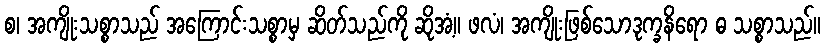
စ၊ အကျိုးသစ္စာသည် အကြောင်းသစ္စာမှ ဆိတ်သည်ကို ဆိုအံ့။ ဖလံ၊ အကျိုးဖြစ်သောဒုက္ခနိရော ဓ သစ္စာသည်။